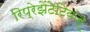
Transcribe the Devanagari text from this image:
रिप्रेझेंटेटिवज्